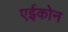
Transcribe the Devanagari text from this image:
एईकोन